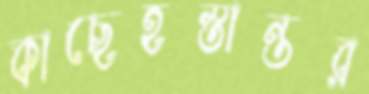
কাছেহস্তান্তর